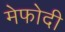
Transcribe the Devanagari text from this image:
मेफोदी